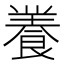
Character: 𮨽